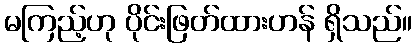
မကြည့်ဟု ပိုင်းဖြတ်ထားဟန် ရှိသည်။